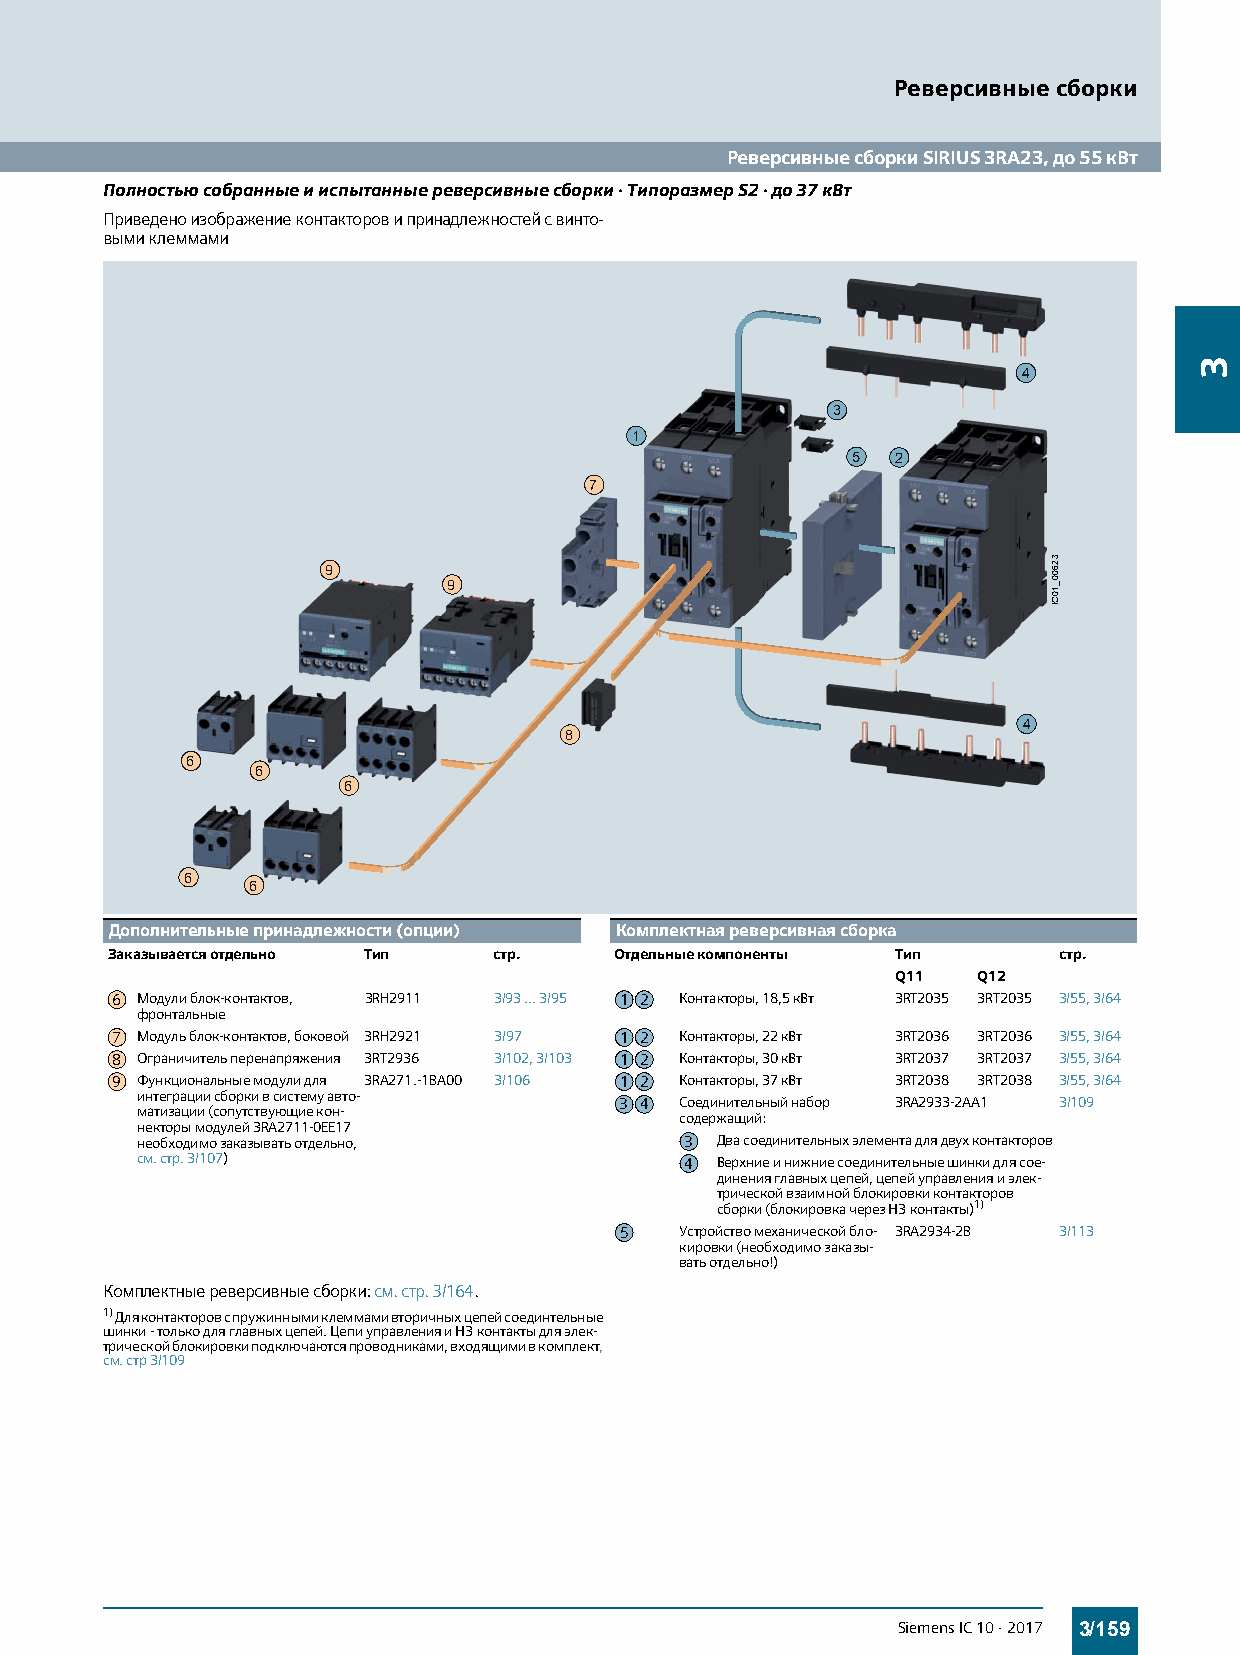
Реверсивные сборки
 Реверсивные сборки SIRIUS 3RA23, до 55 кВт
 Полностью собранные и испытанные реверсивные сборки · Типоразмер S2 · до 37 кВт
 Приведено изображение контакторов и принадлежностей с винто-
 выми клеммами
 4
 3
 1
 5  2
 7
 9
 9
 4
 8
 6
 6
 6
 6
 6
 Дополнительные принадлежности (опции) Комплектная реверсивная сборка
 Заказывается отдельно Тип стр.    Отдельные компоненты Тип     стр.
 Q11   Q12
 6 Модули блок-контактов, 3RH2911 3/93 ... 3/95 1 2 Контакторы, 18,5кВт 3RT2035 3RT2035 3/55, 3/64
 фронтальные
 7 Модуль блок-контактов, боковой 3RH2921 3/97 1 2 Контакторы, 22кВт 3RT2036 3RT2036 3/55, 3/64
 8 Ограничитель перенапряжения 3RT2936 3/102, 3/103 1 2 Контакторы, 30кВт 3RT2037 3RT2037 3/55, 3/64
 9 Функциональные модули для 3RA271.-1BA00 3/106 1 2 Контакторы, 37кВт 3RT2038 3RT2038 3/55, 3/64
 интеграции сборки в систему авто-
 3 4 Соединительный набор 3RA2933-2AA1 3/109
 матизации (сопутствующие кон-
 содержащий:
 некторы модулей 3RA2711-0EE17
 необходимо заказывать отдельно,     3 Два соединительных элемента для двух контакторов
 см. стр.3/107)                      4 Верхние и нижние соединительные шинки для сое-
 динения главных цепей, цепей управления и элек-
 трической взаимной блокировки контакторов
 сборки (блокировка через НЗ контакты)1)
 5   Устройство механической бло- 3RA2934-2B 3/113
 кировки (необходимо заказы-
 вать отдельно!)
 Комплектные реверсивные сборки: см. стр.3/164.
 1) Для контакторов с пружинными клеммами вторичных цепей соединтельные
 шинки - только для главных цепей. Цепи управления и НЗ контакты для элек-
 трической блокировки подключаются проводниками, входящими в комплект,
 см. стр 3/109
 Siemens IC 10 · 2017 3/159
 32600_10CI
 3